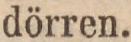
dörren.